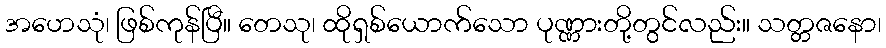
အဟေသုံ၊ ဖြစ်ကုန်ပြီ။ တေသု၊ ထိုရှစ်ယောက်သော ပုဏ္ဏားတို့တွင်လည်း။ သတ္တဇနော၊